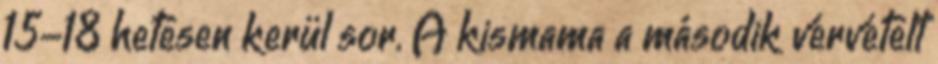
15-18 hetesen kerül sor. A kismama a második vérvételt